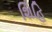
શિહિ